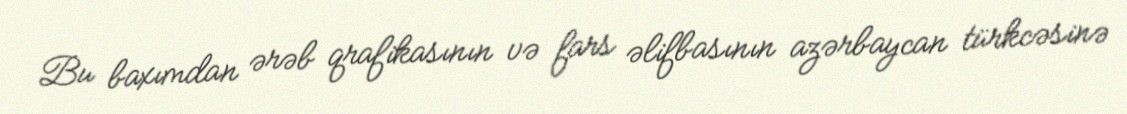
Bu baxımdan ərəb qrafikasının və fars əlifbasının azərbaycan türkcəsinə